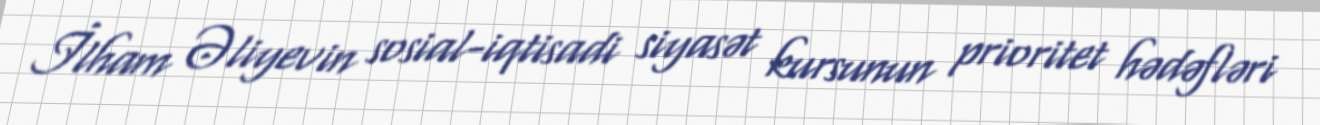
İlham Əliyevin sosial-iqtisadi siyasət kursunun prioritet hədəfləri